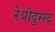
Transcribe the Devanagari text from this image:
रेप्रोदुसद